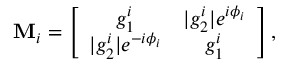
\mathbf { M } _ { i } = \left[ \begin{array} { c c c c } { g _ { 1 } ^ { i } } & { | g _ { 2 } ^ { i } | e ^ { i \phi _ { i } } } \\ { | g _ { 2 } ^ { i } | e ^ { - i \phi _ { i } } } & { g _ { 1 } ^ { i } } \end{array} \right] ,